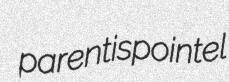
parentis pointel